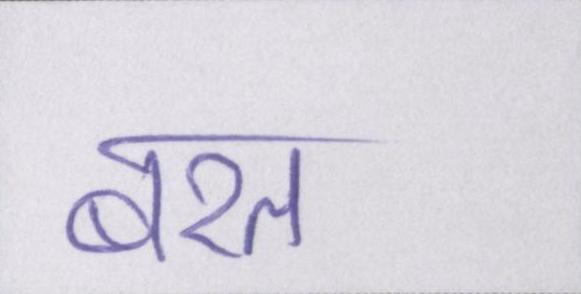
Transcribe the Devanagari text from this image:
बरत